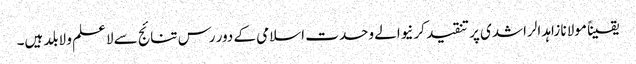
یقیناً مولانا زاہد الراشدی پر تنقید کرنیوالے وحدت اسلامی کے دور رس تنائج سے لاعلم و لابلد ہیں۔